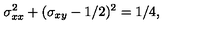
\sigma _ { x x } ^ { 2 } + ( \sigma _ { x y } - 1 / 2 ) ^ { 2 } = 1 / 4 ,